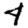
Digit: 4